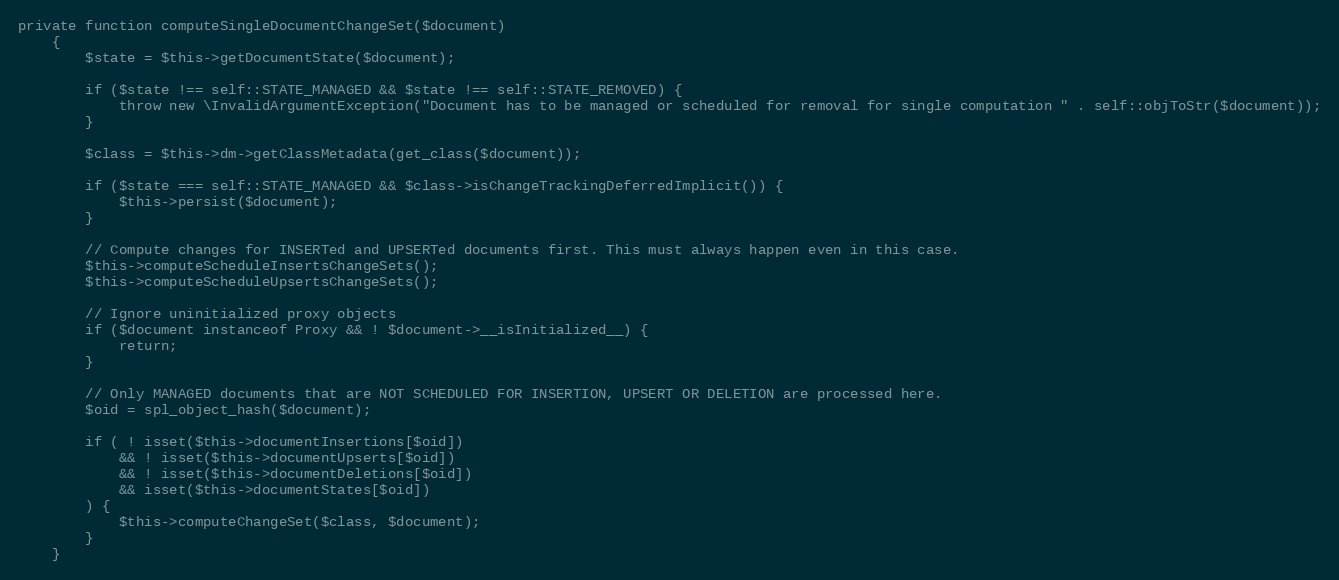
Language: PHP
private function computeSingleDocumentChangeSet($document)
    {
        $state = $this->getDocumentState($document);

        if ($state !== self::STATE_MANAGED && $state !== self::STATE_REMOVED) {
            throw new \InvalidArgumentException("Document has to be managed or scheduled for removal for single computation " . self::objToStr($document));
        }

        $class = $this->dm->getClassMetadata(get_class($document));

        if ($state === self::STATE_MANAGED && $class->isChangeTrackingDeferredImplicit()) {
            $this->persist($document);
        }

        // Compute changes for INSERTed and UPSERTed documents first. This must always happen even in this case.
        $this->computeScheduleInsertsChangeSets();
        $this->computeScheduleUpsertsChangeSets();

        // Ignore uninitialized proxy objects
        if ($document instanceof Proxy && ! $document->__isInitialized__) {
            return;
        }

        // Only MANAGED documents that are NOT SCHEDULED FOR INSERTION, UPSERT OR DELETION are processed here.
        $oid = spl_object_hash($document);

        if ( ! isset($this->documentInsertions[$oid])
            && ! isset($this->documentUpserts[$oid])
            && ! isset($this->documentDeletions[$oid])
            && isset($this->documentStates[$oid])
        ) {
            $this->computeChangeSet($class, $document);
        }
    }